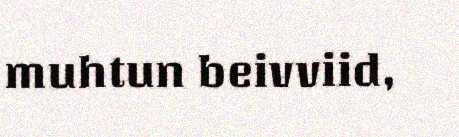
muhtun beivviid,